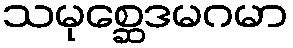
သမုစ္ဆေဒမဂမာ